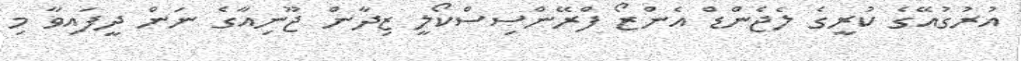
އުރުގުއޭގެ ކުރީގެ ލެޖެންޑް އެންޒޯ ފްރޭންސިސްކޯލީ ޒިދާން ޖޫނިއާގެ ނަން ދީފައިވާ މި